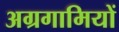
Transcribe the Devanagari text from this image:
अग्रगामियों